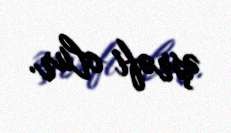
əşrəfi olur.